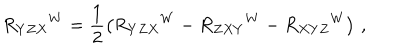
R _ { Y Z X } { } ^ { W } = \frac 1 2 \left( R _ { Y Z X } { } ^ { W } - R _ { Z X Y } { } ^ { W } - R _ { X Y Z } { } ^ { W } \right) \, ,